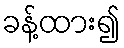
ခန့်ထား၍